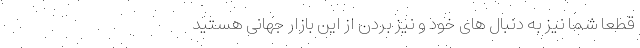
قطعاً شما نیز به دنبال های خود و نیز بردن از این بازار جهانی هستید